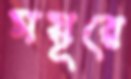
ময়ূরে